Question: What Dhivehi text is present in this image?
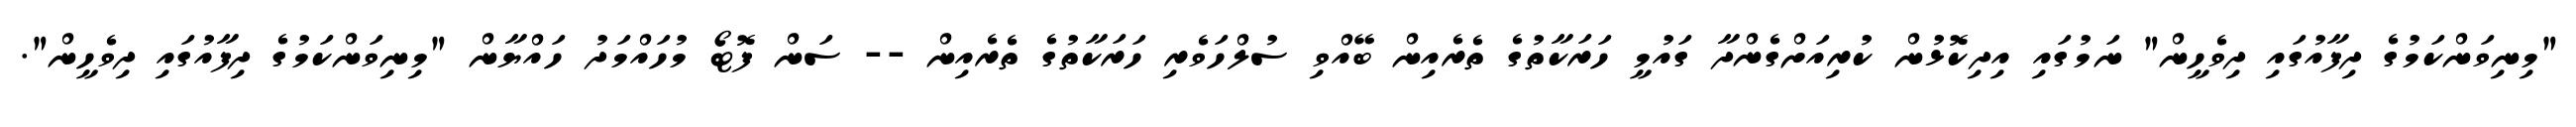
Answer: "މިނިވަންކަމުގެ ދިފާއުގައި ދިވެހީން" ނަމުގައި އިދިކޮޅުން ކުރިއަށްގެންދާ ގައުމީ ހަރަކާތުގެ ތެރެއިން ބޭއްވި ސުލްހަވެރި ހަރަކާތުގެ ތެރެއިން -- ސަން ފޮޓޯ މުހައްމަދު ހައްޔާން "މިނިވަންކަމުގެ ދިފާއުގައި ދިވެހީން".